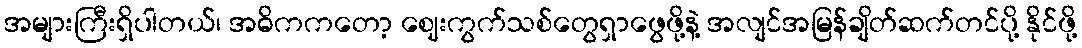
အများကြီးရှိပါတယ်၊ အဓိကကတော့ ဈေးကွက်သစ်တွေရှာဖွေဖို့နဲ့ အလျင်အမြန်ချိတ်ဆက်တင်ပို့ နိုင်ဖို့